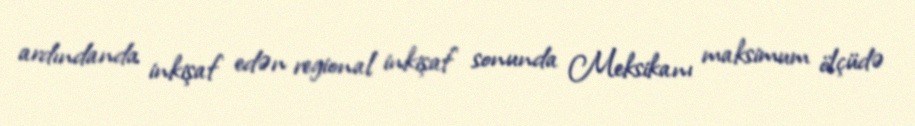
ardındanda inkişaf edən regional inkişaf sonunda Meksikanı maksimum ölçüdə